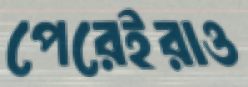
পেরেইরাও